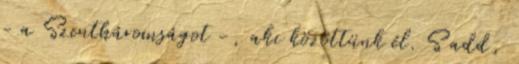
- a Szentháromságot -, aki közöttünk él. S add,